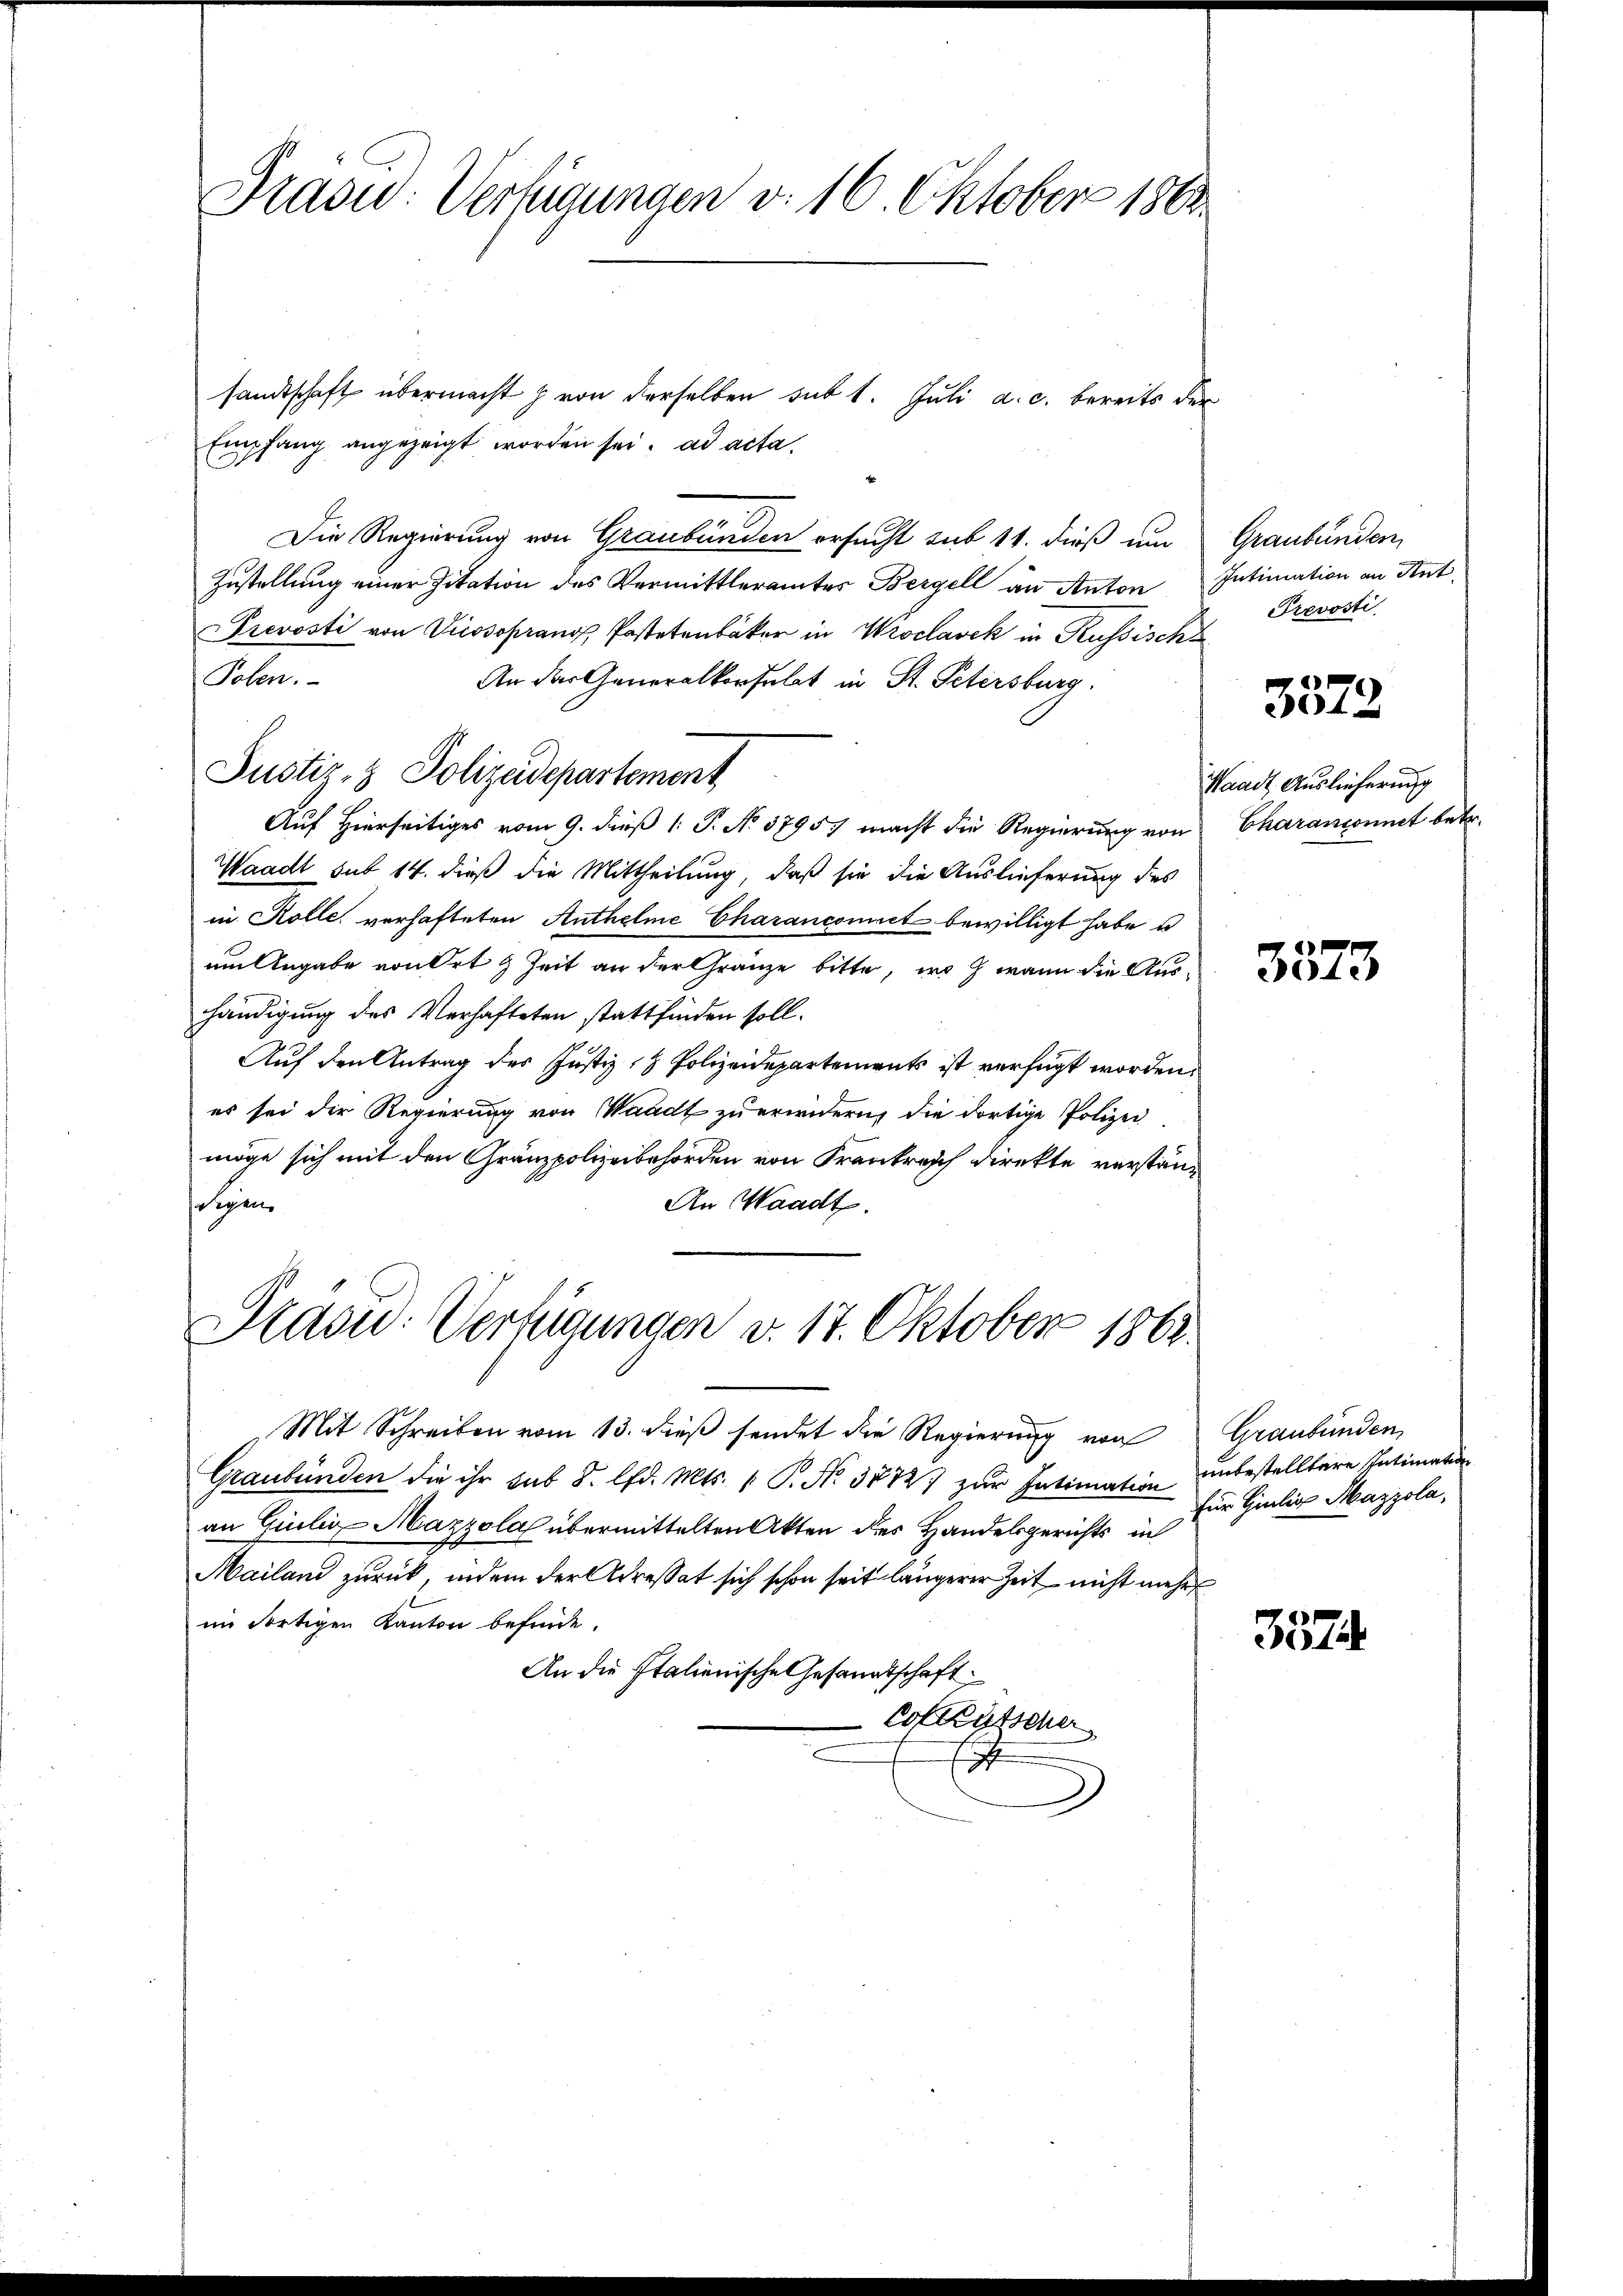
Prasid: Verfügungen v. 16. Oktober 1863.

sandtschaft übermacht z. von derselben sub 1. Juli a. c. bereits der
Empfang angezeigt worden sei. ad acta.
Die Regierung von Graubünden ersucht sub 14. dieß um Graubünden,
Zustellung einer Zitation des Vermittleramtes Bergell an Anton Intimation an Ant
Prevosti von Vicssoprang, Postetenbäker in Wroclavek in Russische
Polen.
An der Generalkonsulat in St. Petersburg.
Auf Hierseitiges vom 9. dieß 1: P. No. 37957 macht die Regierung von Charansonnet betr.
Waadt sub 14. dieß die Mittheilung, daß sie die Auslieferung des
in Kolle verhafteten Anthelme Charancomit bewilligt habe u
 gabe von Zeit an der Graz bitte, wann die Aus
händigung des Verhafteten stattfinden soll.
Auf den Antrag des Justiz- & Polizeidepartements ist verfügt worden.
es sei der Regierung von Waadt zu erwidern, die dortige Polizei
möge sich mit den Gränzpolizeibehörden von Frankreich direkte verständigen.
An Waadt.

Plasu: Verfügungen v. 17. Oktober 1862.

Justiz- & Polizeidepartement

Mit Schreiben vom 13. dieß sendet die Regierung von
Graubünden die ihr sub d. lfd. Mts. 1 P. Nr. 3872 zur Intimation
an Giulix Mazzola übermittelten Akten des Handelsgerichts in
Mailand zurück, indem der Adressat sich schon seit längerer Zeit nicht mehim fortigen Kanton befinde.
An die Italienische Gesandtschaft.
Coteutscher

Prevosti

Waadt, Auslieferung

.
3512

Graubünden
unbestelltere Intimation
für Giulio Mazzola,
¬

3574.